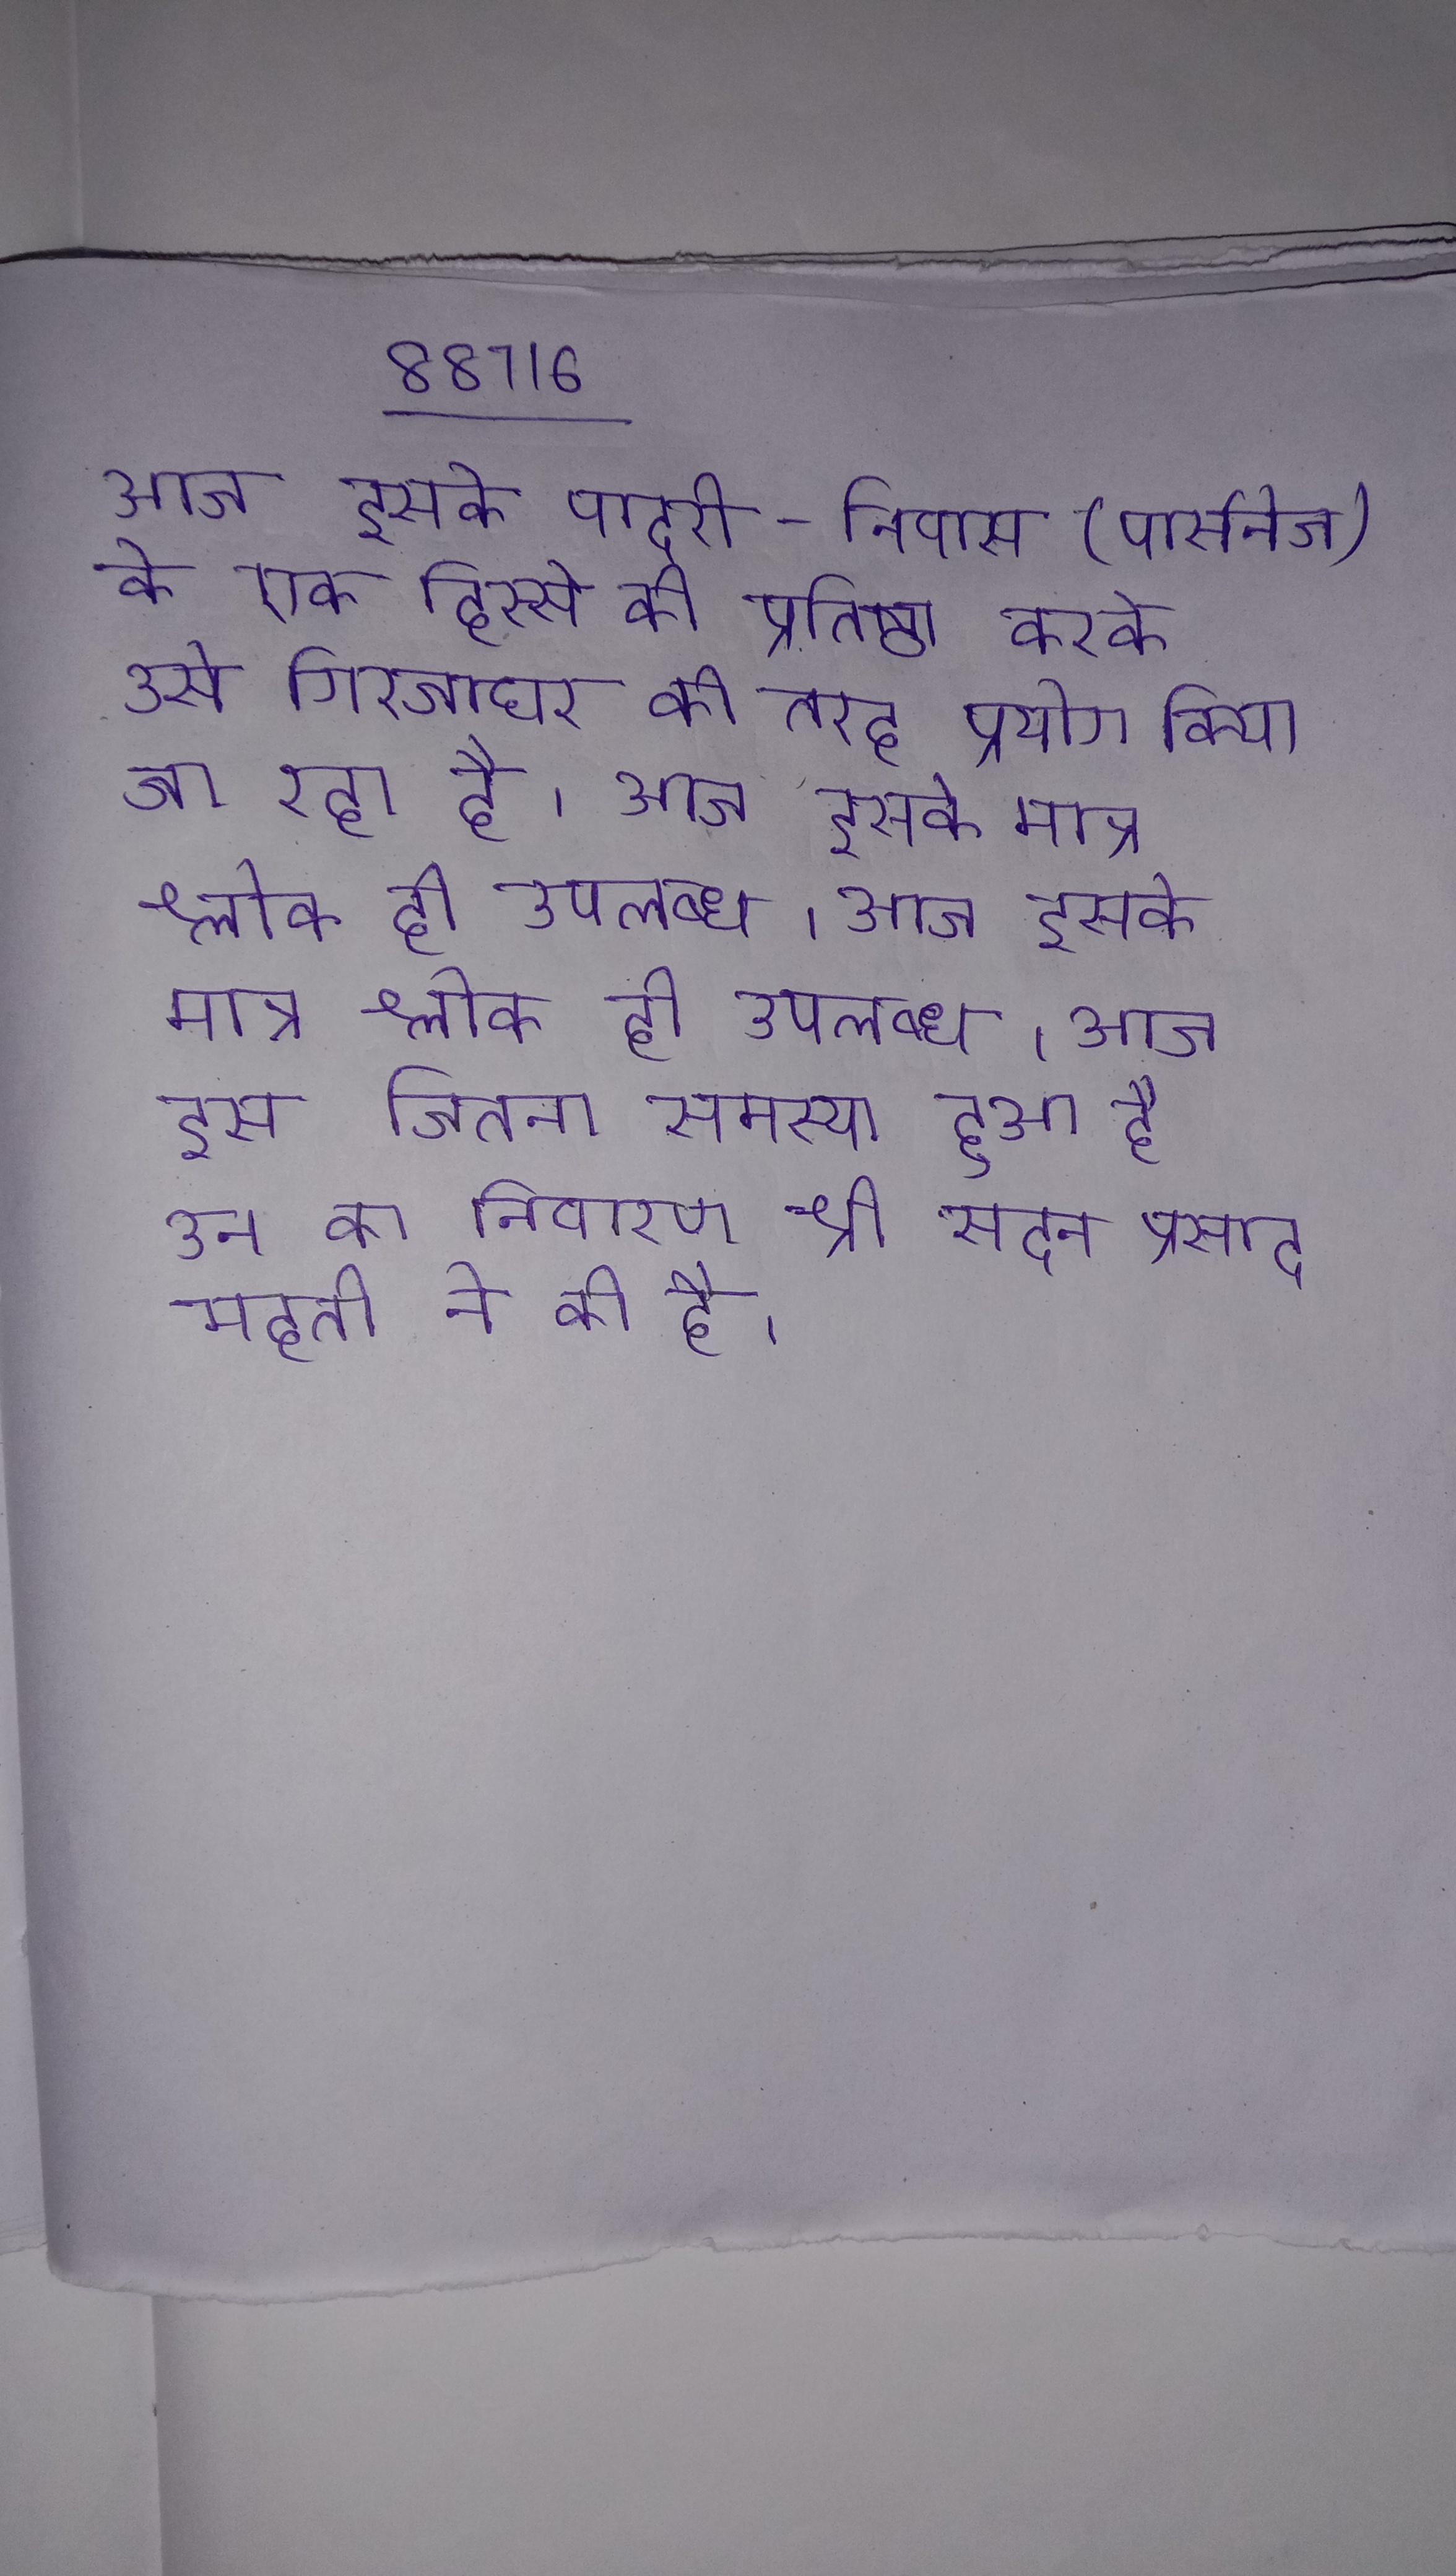
आज इसके पादरी-निवास (पार्सनेज) के एक हिस्से की प्रतिष्ठा करके उसे गिरजाघर की तरह प्रयोग किया जा रहा है । आज इसके मात्र श्लोक ही उपलब्ध । आज इस जितना समस्या हुआ है उन का निवारण श्री सदन प्रसाद महतो ने की है ।